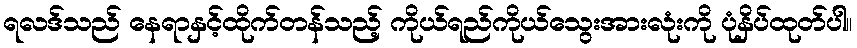
ရလဒ်သည် နေရာနှင့်ထိုက်တန်သည့် ကိုယ်ရည်ကိုယ်သွေးအားလုံးကို ပုံနှိပ်ထုတ်ပါ။